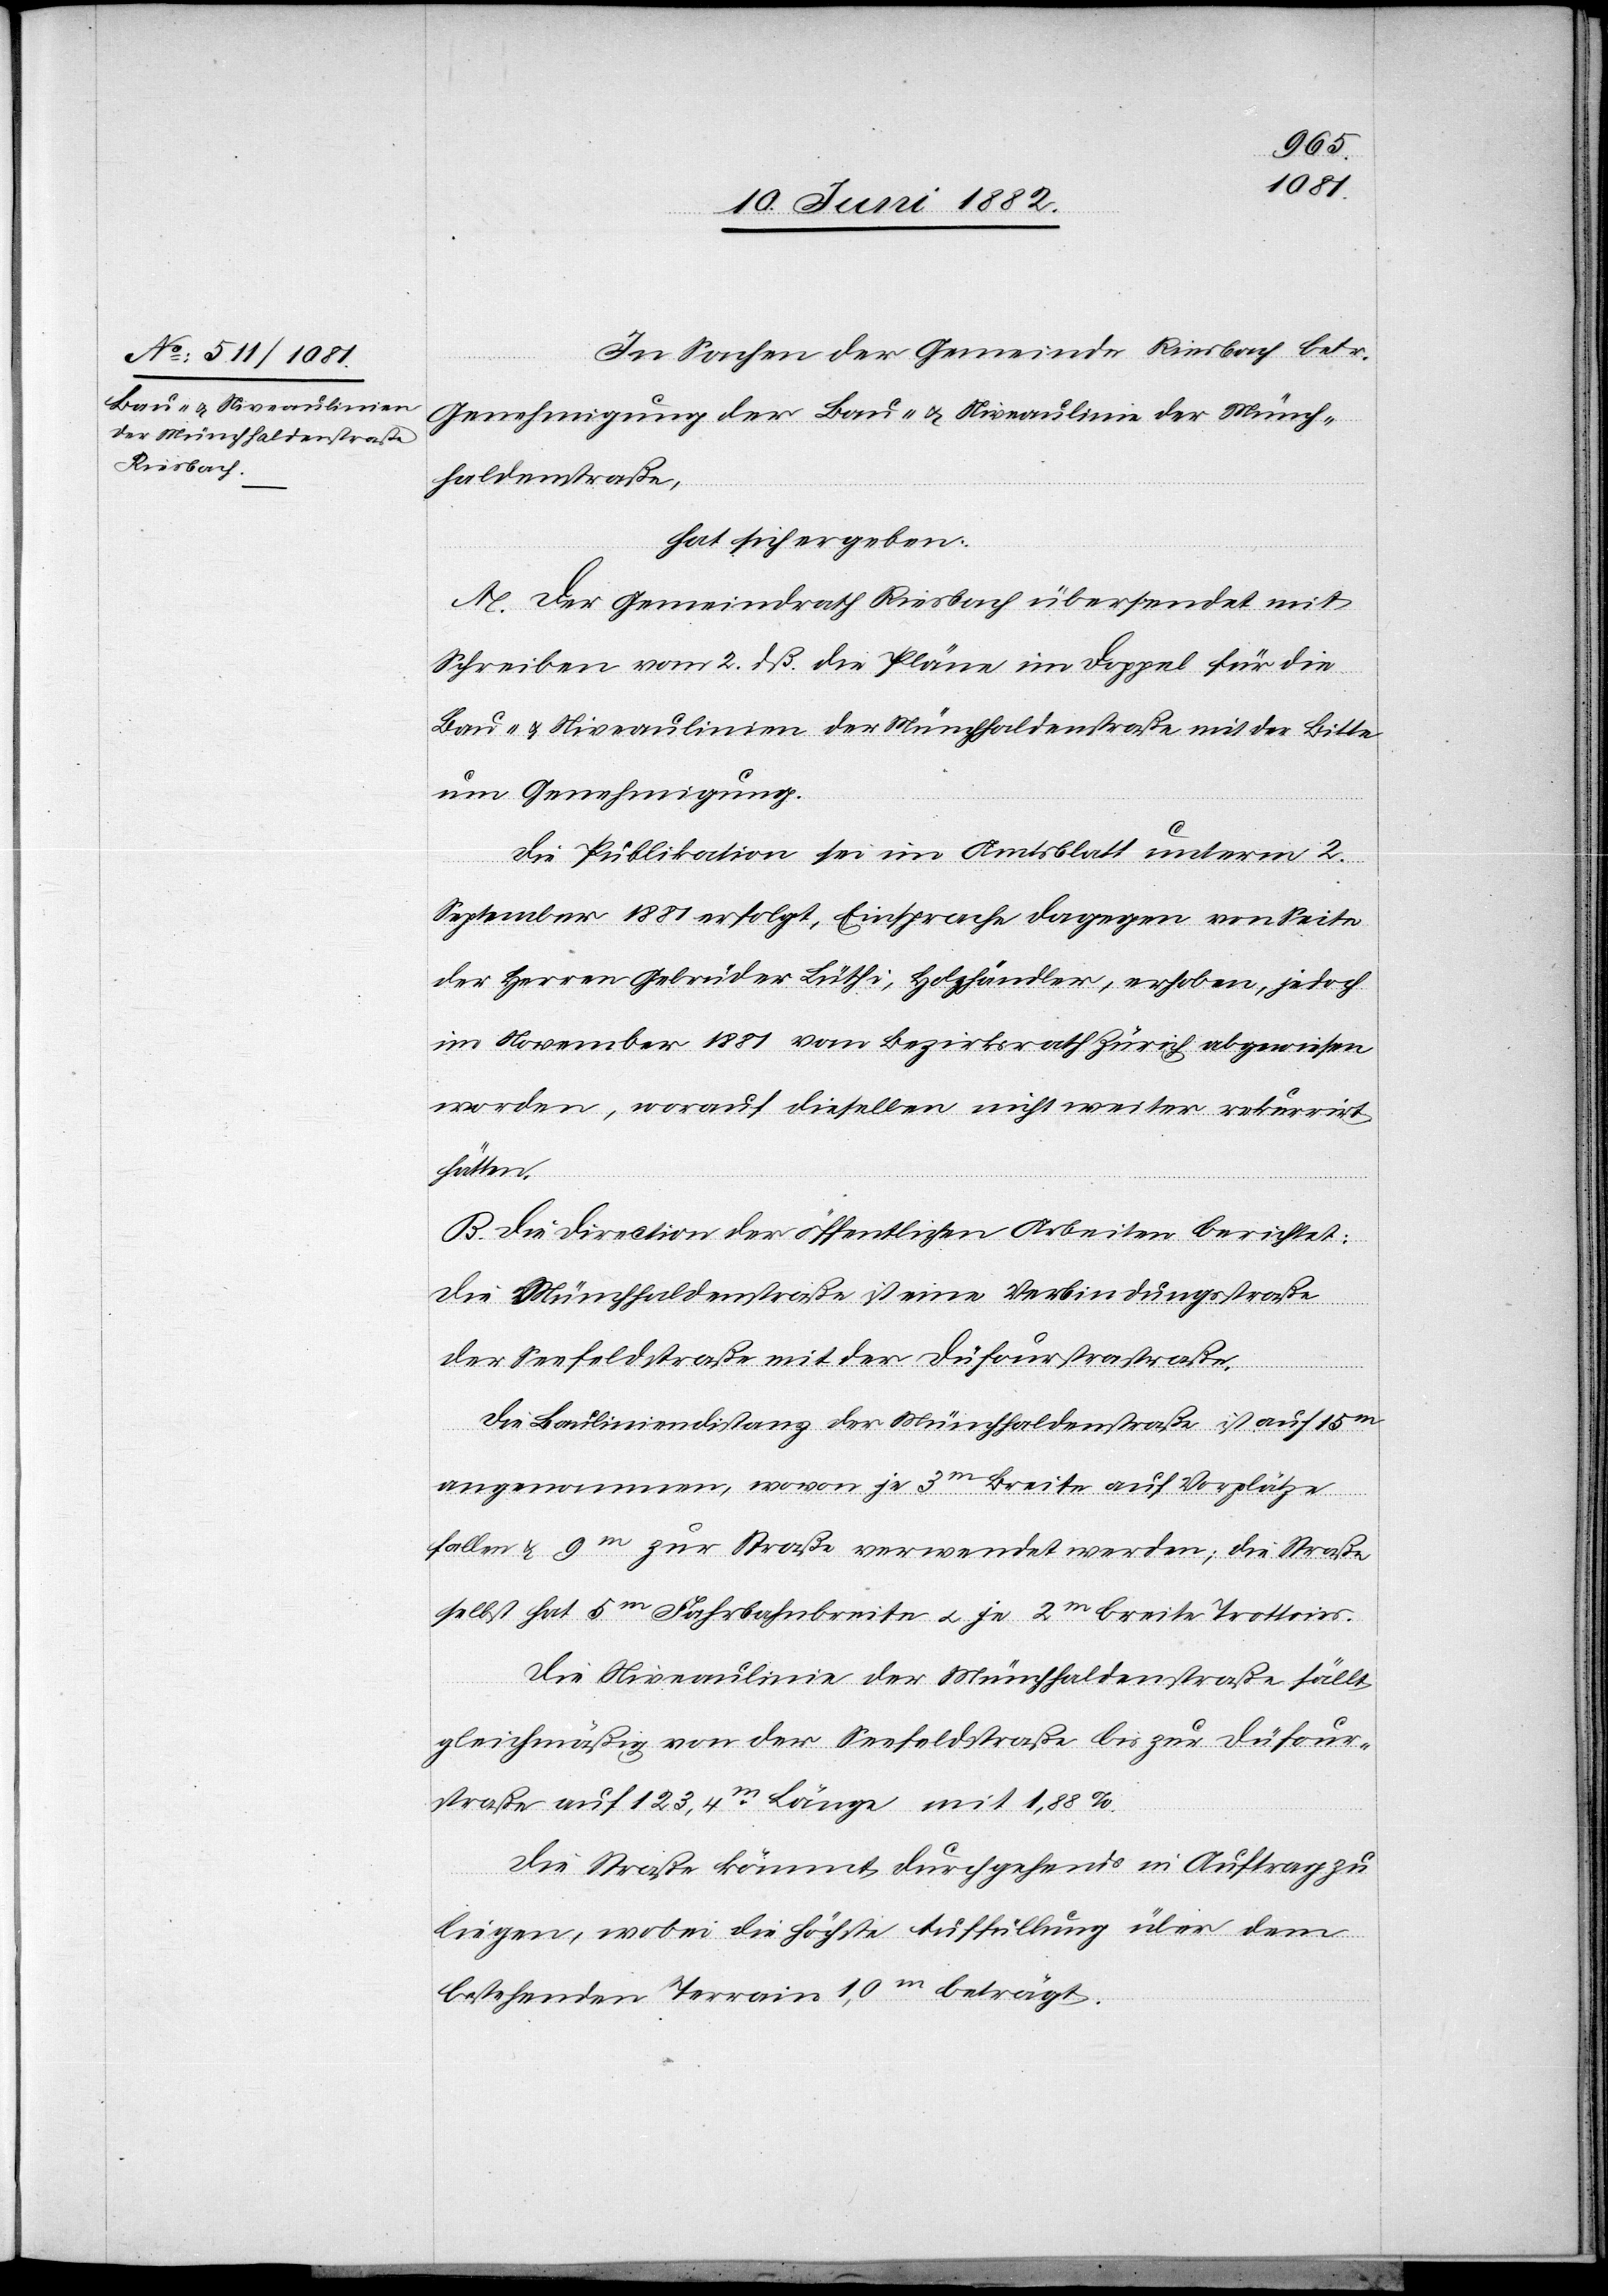
In Sachen der Gemeinde Riesbach betr.
Genehmigung der Bau- & Niveaulinie[n] der Münch¬
haldenstraße,
hat sich ergeben:
A. Der Gemeindrath Riesbach übersendet mit
Schreiben vom 2. dß. die Pläne im Doppel für die
Bau- & Niveaulinien der Münchhaldenstraße mit der Bitte
um Genehmigung.
Die Publikation sei im Amtsblatt unterm 2.
September 1881 erfolgt, Einsprache dagegen von Seite
der Herren Gebrüder Lüthi, Holzhändler, erhoben, jedoch
im November 1881 vom Bezirksrath Zürich abgewiesen
worden, worauf dieselben nicht weiter rekurrirt
hätten.
B. Die Direction der öffentlichen Arbeiten berichtet:
Die Münchhaldenstraße ist eine Verbindungsstraße
der Seefeldstraße mit der Dufourstrastraße
Die Bauliniendistanz der Münchhaldenstraße ist auf 15m
angenommen, wovon je 3m Breite auf Vorplätze
fallen & 9m zur Straße verwendet werden; die Straße
selbst hat 5m Fahrbreite u. je 2m breite Trottoirs.
Die Niveaulinie der Münchhaldenstraße fällt
gleichmäßig von der Seefeldstraße bis zur Dufour¬
straße auf 123,4m Länge mit 1,88%.
Die Straße kommt durchgehends in Auftrag zu
liegen, wobei die höchste Auffüllung über dem
bestehenden Terrain 1,0m beträgt.